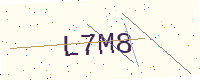
Text: L7M8